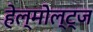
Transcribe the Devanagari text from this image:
हेल्मोल्ट्ज